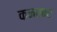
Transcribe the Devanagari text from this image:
कनसार